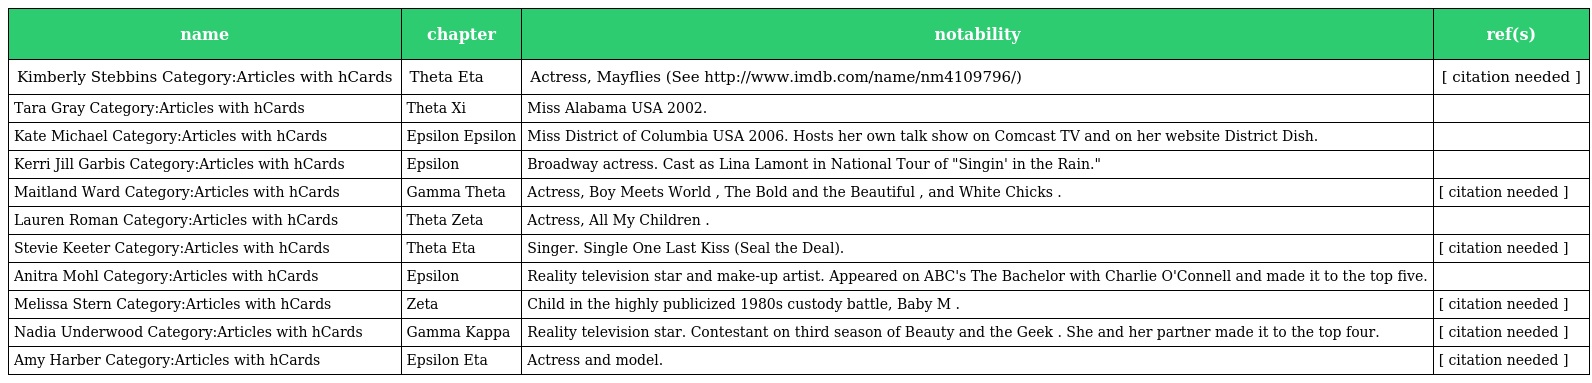
| name | chapter | notability | ref(s) |
 | --- | --- | --- | --- |
 | Kimberly Stebbins Category:Articles with hCards | Theta Eta | Actress, Mayflies (See http://www.imdb.com/name/nm4109796/) | [ citation needed ] |
 | Tara Gray Category:Articles with hCards | Theta Xi | Miss Alabama USA 2002. |  |
 | Kate Michael Category:Articles with hCards | Epsilon Epsilon | Miss District of Columbia USA 2006. Hosts her own talk show on Comcast TV and on her website District Dish. |  |
 | Kerri Jill Garbis Category:Articles with hCards | Epsilon | Broadway actress. Cast as Lina Lamont in National Tour of "Singin' in the Rain." |  |
 | Maitland Ward Category:Articles with hCards | Gamma Theta | Actress, Boy Meets World , The Bold and the Beautiful , and White Chicks . | [ citation needed ] |
 | Lauren Roman Category:Articles with hCards | Theta Zeta | Actress, All My Children . |  |
 | Stevie Keeter Category:Articles with hCards | Theta Eta | Singer. Single One Last Kiss (Seal the Deal). | [ citation needed ] |
 | Anitra Mohl Category:Articles with hCards | Epsilon | Reality television star and make-up artist. Appeared on ABC's The Bachelor with Charlie O'Connell and made it to the top five. |  |
 | Melissa Stern Category:Articles with hCards | Zeta | Child in the highly publicized 1980s custody battle, Baby M . | [ citation needed ] |
 | Nadia Underwood Category:Articles with hCards | Gamma Kappa | Reality television star. Contestant on third season of Beauty and the Geek . She and her partner made it to the top four. | [ citation needed ] |
 | Amy Harber Category:Articles with hCards | Epsilon Eta | Actress and model. | [ citation needed ] |